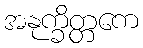
အနုက္ခိတ္တကေ